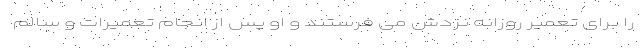
را برای تعمیر روزانه نزدش می فرستند و او پس از انجام تعمیرات و سالم